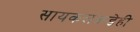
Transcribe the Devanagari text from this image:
सायकलकडेही